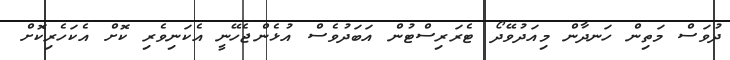
ދުވަސް މަތިން ހަނދާން މިއަދުވޭދޯ ޓެރަރިސްޓުން އަބަދުވެސް އުޅެންޖެހޭނީ އެކަނިވެރި ކޮށް އެކަހެރިކޮށް